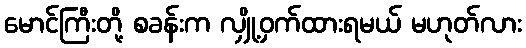
မောင်ကြီးတို့ စခန်းက လျှို့ဝှက်ထားရမယ် မဟုတ်လား